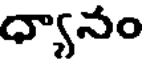
ధ్యానం